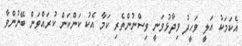
އެކަމަކު އަލީ ވަހީދު ވިދާޅުވަނީ ވިސްނުންތެރި ކަމާ އެކު ކަންކަން ކުރައްވަން ބޭނުންވާ